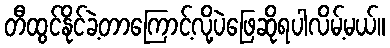
တီထွင်နိုင်ခဲ့တာကြောင့်လို့ပဲဖြေဆိုရပါလိမ့်မယ်။